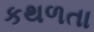
કથળતા